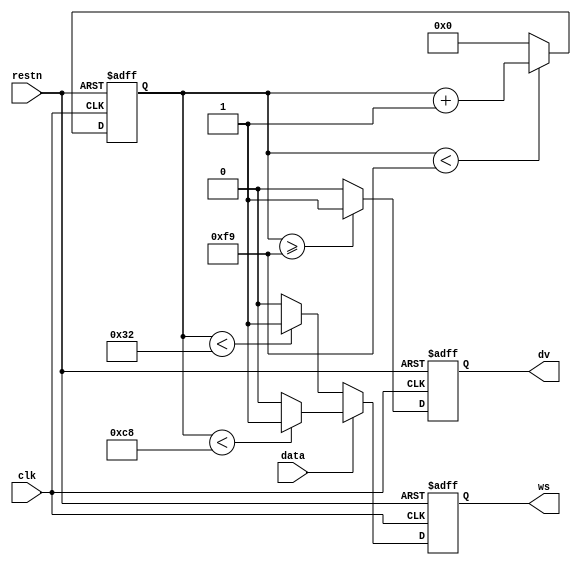
module RGB_Wave 
(
    input   wire clk,//247.5MHz
    input   wire restn,
    input   wire data,
    output  reg  ws,
    output  reg  dv
);
reg [7:0] count;
always @(posedge clk or negedge restn) 
begin
    if(~restn)
    begin
        count <= 'd0;
    end
    else
    begin
        if(count < 249)
        begin
            count <= count + 1'b1;
        end
        else
        begin
            count <= 'd0;
        end
    end
end
always @(posedge clk or negedge restn) begin
    if(~restn)
    begin
        dv <= 'd0;
    end
    else
    begin
        if(count >= 249)
        begin
            dv <= 1'b1;
        end
        else
        begin
            dv <= 1'b0;
        end
    end
    
end
always @(posedge clk or negedge restn)
begin
    if(~restn)
    begin
        ws <= 'd0;
    end
    else
    begin
        if(data)
        begin
            if(count < 200)
            begin
                ws <= 1'b1;
            end
            else
            begin
                ws <= 1'b0;
            end

        end
        else
        begin
            if(count < 50)
            begin
                ws <= 1'b1;
            end
            else
            begin
                ws <= 1'b0;
            end
        end
        
    end
end
endmodule